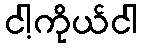
ငါ့ကိုယ်ငါ